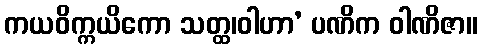
ကယဝိက္ကယိကော သတ္ထ၊ဝါဟာ’ ပဏိက ဝါဏိဇာ။